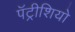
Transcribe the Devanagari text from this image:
पॅट्रीशियो